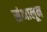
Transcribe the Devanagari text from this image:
संभालून